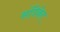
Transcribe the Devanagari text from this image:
संत्रिकेत